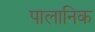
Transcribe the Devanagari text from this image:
पालानिक